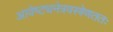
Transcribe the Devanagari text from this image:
आवेष्ट्यनेत्रवस्त्रेणततः